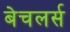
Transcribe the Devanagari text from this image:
बेचलर्स